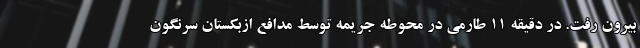
بیرون رفت. در دقیقه ۱۱ طارمی در محوطه جریمه توسط مدافع ازبکستان سرنگون